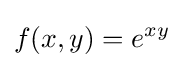
f(x,y)=e^{xy}